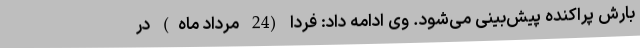
بارش پراکنده پیش‌بینی می‌شود. وی ادامه داد: فردا (24 مرداد ماه) در